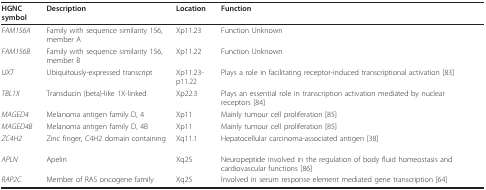
| HGNC symbol | Description | Location | Function |
 | --- | --- | --- | --- |
 | FAM156A | Family with sequence similarity 156, member A | Xp11.23 | Function Unknown |
 | FAM156B | Family with sequence similarity 156, member B | Xp11.22 | Function Unknown |
 | UXT | Ubiquitously-expressed transcript | Xp11.23-p11.22 | Plays a role in facilitating receptor-induced transcriptional activation [83] |
 | TBL1X | Transducin (beta)-like 1X-linked | Xp22.3 | Plays an essential role in transcription activation mediated by nuclear receptors [84] |
 | MAGED4 | Melanoma antigen family D, 4 | Xp11 | Mainly tumour cell proliferation [85] |
 | MAGED4B | Melanoma antigen family D, 4B | Xp11 | Mainly tumour cell proliferation [85] |
 | ZC4H2 | Zinc finger, C4H2 domain containing | Xq11.1 | Hepatocellular carcinoma-associated antigen [38] |
 | APLN | Apelin | Xq25 | Neuropeptide involved in the regulation of body fluid homeostasis and cardiovascular functions [86] |
 | RAP2C | Member of RAS oncogene family | Xq25 | Involved in serum response element mediated gene transcription [64] |